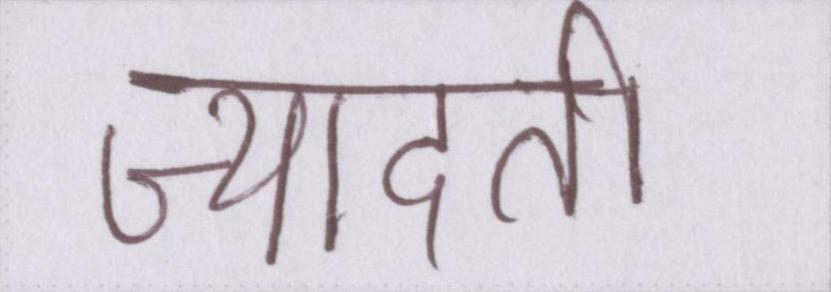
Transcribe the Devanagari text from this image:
ज्यादती